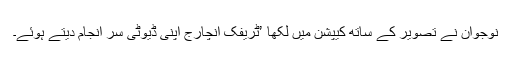
نوجوان نے تصویر کے ساتھ کیپشن میں لکھا ’ٹریفک انچارج اپنی ڈیوٹی سر انجام دیتے ہوئے۔